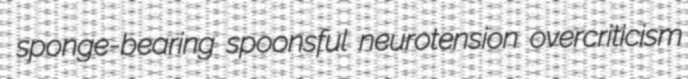
sponge-bearing spoonsful neurotension overcriticism